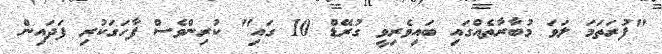
"ފުރަތަމަ ލަވަ މުބާރާތެއްގައި ބައިވެރިވީ ގުރޭޑް 10 ގައި" ކުރިންވެސް ފާހަގަކުރި ފަދައިން